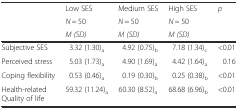
<table><thead><tr><td rowspan="3"></td><td><b>Low SES</b></td><td><b>Medium SES</b></td><td><b>High SES</b></td><td rowspan="3"><b><i>p</i></b></td></tr><tr><td><b><i>N</i> = 50</b></td><td><b><i>N</i> = 50</b></td><td><b><i>N</i> = 50</b></td></tr><tr><td><b><i>M (SD)</i></b></td><td><b><i>M (SD)</i></b></td><td><b><i>M (SD)</i></b></td></tr></thead><tbody><tr><td>Subjective SES</td><td>3.32 (1.30)<sub>a</sub></td><td>4.92 (0.75)<sub>b</sub></td><td>7.18 (1.34)<sub>c</sub></td><td>&lt;0.01</td></tr><tr><td>Perceived stress</td><td>5.03 (1.73)<sub>a</sub></td><td>4.90 (1.69)<sub>a</sub></td><td>4.42 (1.64)<sub>a</sub></td><td>0.16</td></tr><tr><td>Coping flexibility</td><td>0.53 (0.46)<sub>a</sub></td><td>0.19 (0.30)<sub>b</sub></td><td>0.25 (0.38)<sub>b</sub></td><td>&lt;0.01</td></tr><tr><td>Health-related Quality of life</td><td>59.32 (11.24)<sub>a</sub></td><td>60.30 (8.52)<sub>a</sub></td><td>68.68 (6.96)<sub>b</sub></td><td>&lt;0.01</td></tr></tbody></table>